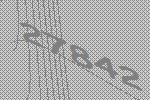
27842